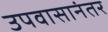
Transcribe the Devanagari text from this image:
उपवासानंतर